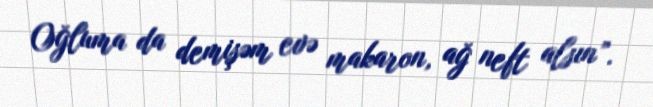
Oğluma da demişəm evə makaron, ağ neft alsın”.